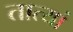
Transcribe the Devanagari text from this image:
तात्यां